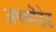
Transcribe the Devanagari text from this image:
अपलॊडेड